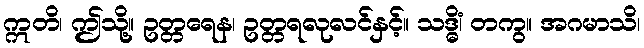
ဣတိ၊ ဤသို့။ ဥတ္တရေန၊ ဥတ္တရလုလင်နှင့်။ သဒ္ဓိံ၊ တကွ။ အဂမာသိ၊